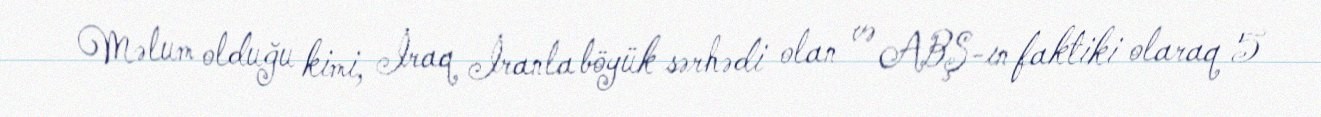
Məlum olduğu kimi, İraq İranla böyük sərhədi olan və ABŞ-ın faktiki olaraq 5